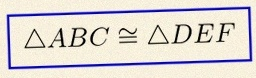
\triangle ABC\cong\triangle DEF